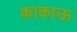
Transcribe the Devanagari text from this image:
काकाऊ